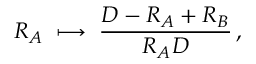
R _ { A } \; \longmapsto \; { \frac { D - R _ { A } + R _ { B } } { R _ { A } D } } \, ,